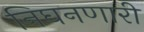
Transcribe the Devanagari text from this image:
निघनणारी